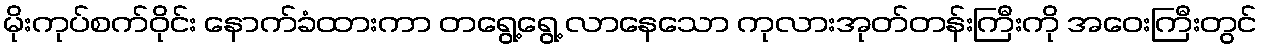
မိုးကုပ်စက်ဝိုင်း နောက်ခံထားကာ တရွေ့ရွေ့ လာနေသော ကုလားအုတ်တန်းကြီးကို အဝေးကြီးတွင်